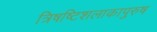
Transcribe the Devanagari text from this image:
त्रिषष्टिशलाकापुरुष